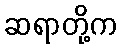
ဆရာတို့က